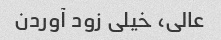
عالى، خیلى زود آوردن